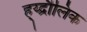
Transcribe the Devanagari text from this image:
ह्य्द्रौलिक